Civil Veterinary Dept. Bombay admin report 1907-1913 - 1907-1913
Year: 1907
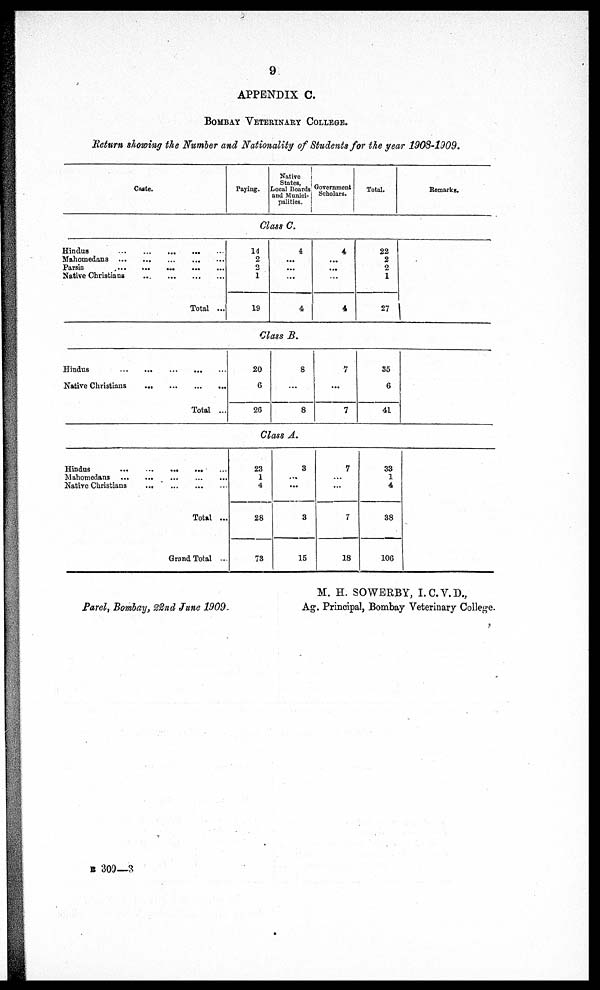
9
APPENDIX C.
Bombay Veterinary College.
Return showing the Number and Nationality of Students for the year 1908-1909.
Caste.
Hindus
...
...
Mahomedans
...
...
Parsis ... ...
Native Christians ...
Hindus
...
...
Native Christians
...
Hindus
...
...
Mahomedans
...
...
Native Christians ...
... ... ...
... ... ...
...
...
...
... ... ...
Total ...
... ... ...
Total ...
... ... ...
... ... ...
... ... ...
Total ...
Grand Total ...
Paying.
Native
States,
Local Boards
and Munici-
palities.
Class C.
14
2
2
1
19
4
...
...
...
4
Class B.
20
6
26
8
...
8
Class A.
23
1
4
28
73
3
...
...
3
15
Government
Scholars.
4
...
...
...
4
1
...
7
7
...
...
7
18
Total.
22
2
2
1
27
35
6
41
33
1
4
38
106
Remarks.
M. H. SOWERBY, I.C.V.D.,
Parel Bombay, 22nd June 1909.
Ag. Principal, Bombay Veterinary College.
B 309—3